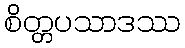
စိတ္တပသာဒဿ